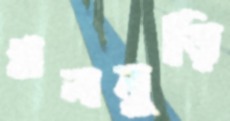
খলনুড়ি